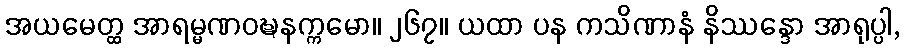
အယမေတ္ထ အာရမ္မဏဝဍ္ဎနက္ကမော။ ၂၆၇။ ယထာ ပန ကသိဏာနံ နိဿန္ဒော အာရုပ္ပါ,